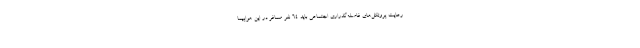
رعایت پروتکل‌های فاصله‌گذراری اجتماعی باید ۶۴ نفر مسافر در این هواپیما